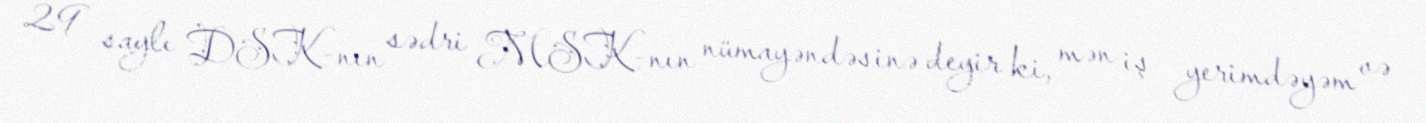
29 saylı DSK-nın sədri MSK-nın nümayəndəsinə deyir ki, mən iş yerimdəyəm və